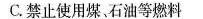
C.禁止使用煤、石油等燃料